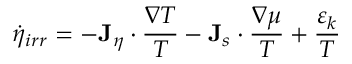
\dot { \eta } _ { i r r } = - { \bf J } _ { \eta } \cdot \frac { \nabla T } { T } - { \bf J } _ { s } \cdot \frac { \nabla \mu } { T } + \frac { \varepsilon _ { k } } { T }